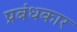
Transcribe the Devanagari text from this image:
प्रबंधकार